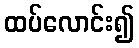
ထပ်လောင်း၍